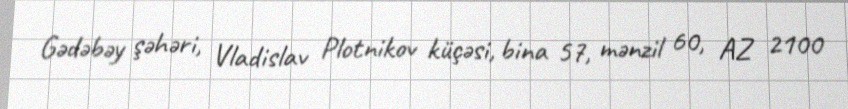
Gədəbəy şəhəri, Vladislav Plotnikov küçəsi, bina 57, mənzil 60, AZ 2100